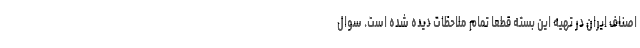
اصناف ایران در تهیه این بسته قطعا تمام ملاحظات دیده شده است. سوال